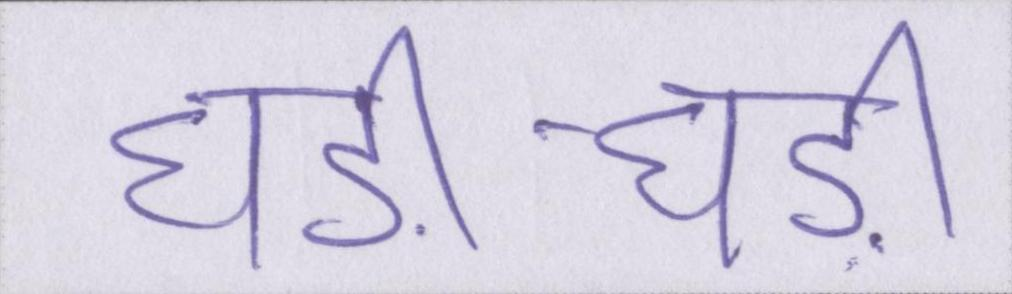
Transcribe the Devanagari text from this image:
घड़ी-घड़ी